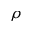
\rho